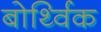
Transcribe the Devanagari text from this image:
बोर्थ्विक